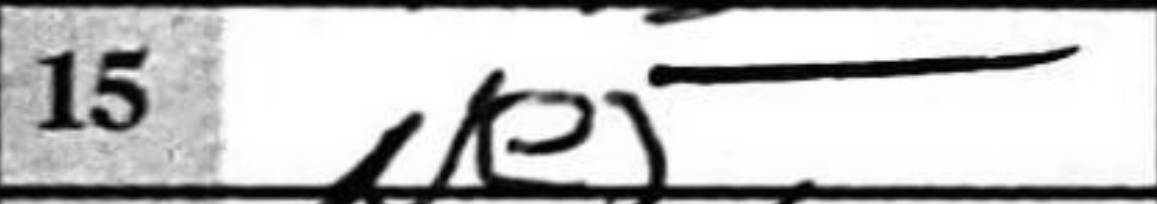
Transcription: Ne5